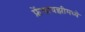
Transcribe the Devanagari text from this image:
फ्रेंचायझीमध्ये